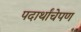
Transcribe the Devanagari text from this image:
पदार्थांचेपण